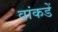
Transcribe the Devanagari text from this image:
वांकडें